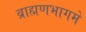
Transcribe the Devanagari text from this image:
ब्राह्मणभागमे